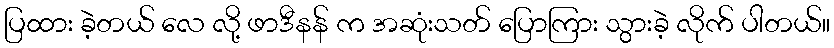
ပြထား ခဲ့တယ် လေ လို့ ဖာဒီနန် က အဆုံးသတ် ပြောကြား သွားခဲ့ လိုက် ပါတယ်။